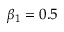
\beta _ { 1 } = 0 . 5